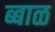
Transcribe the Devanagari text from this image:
ब्बाळ